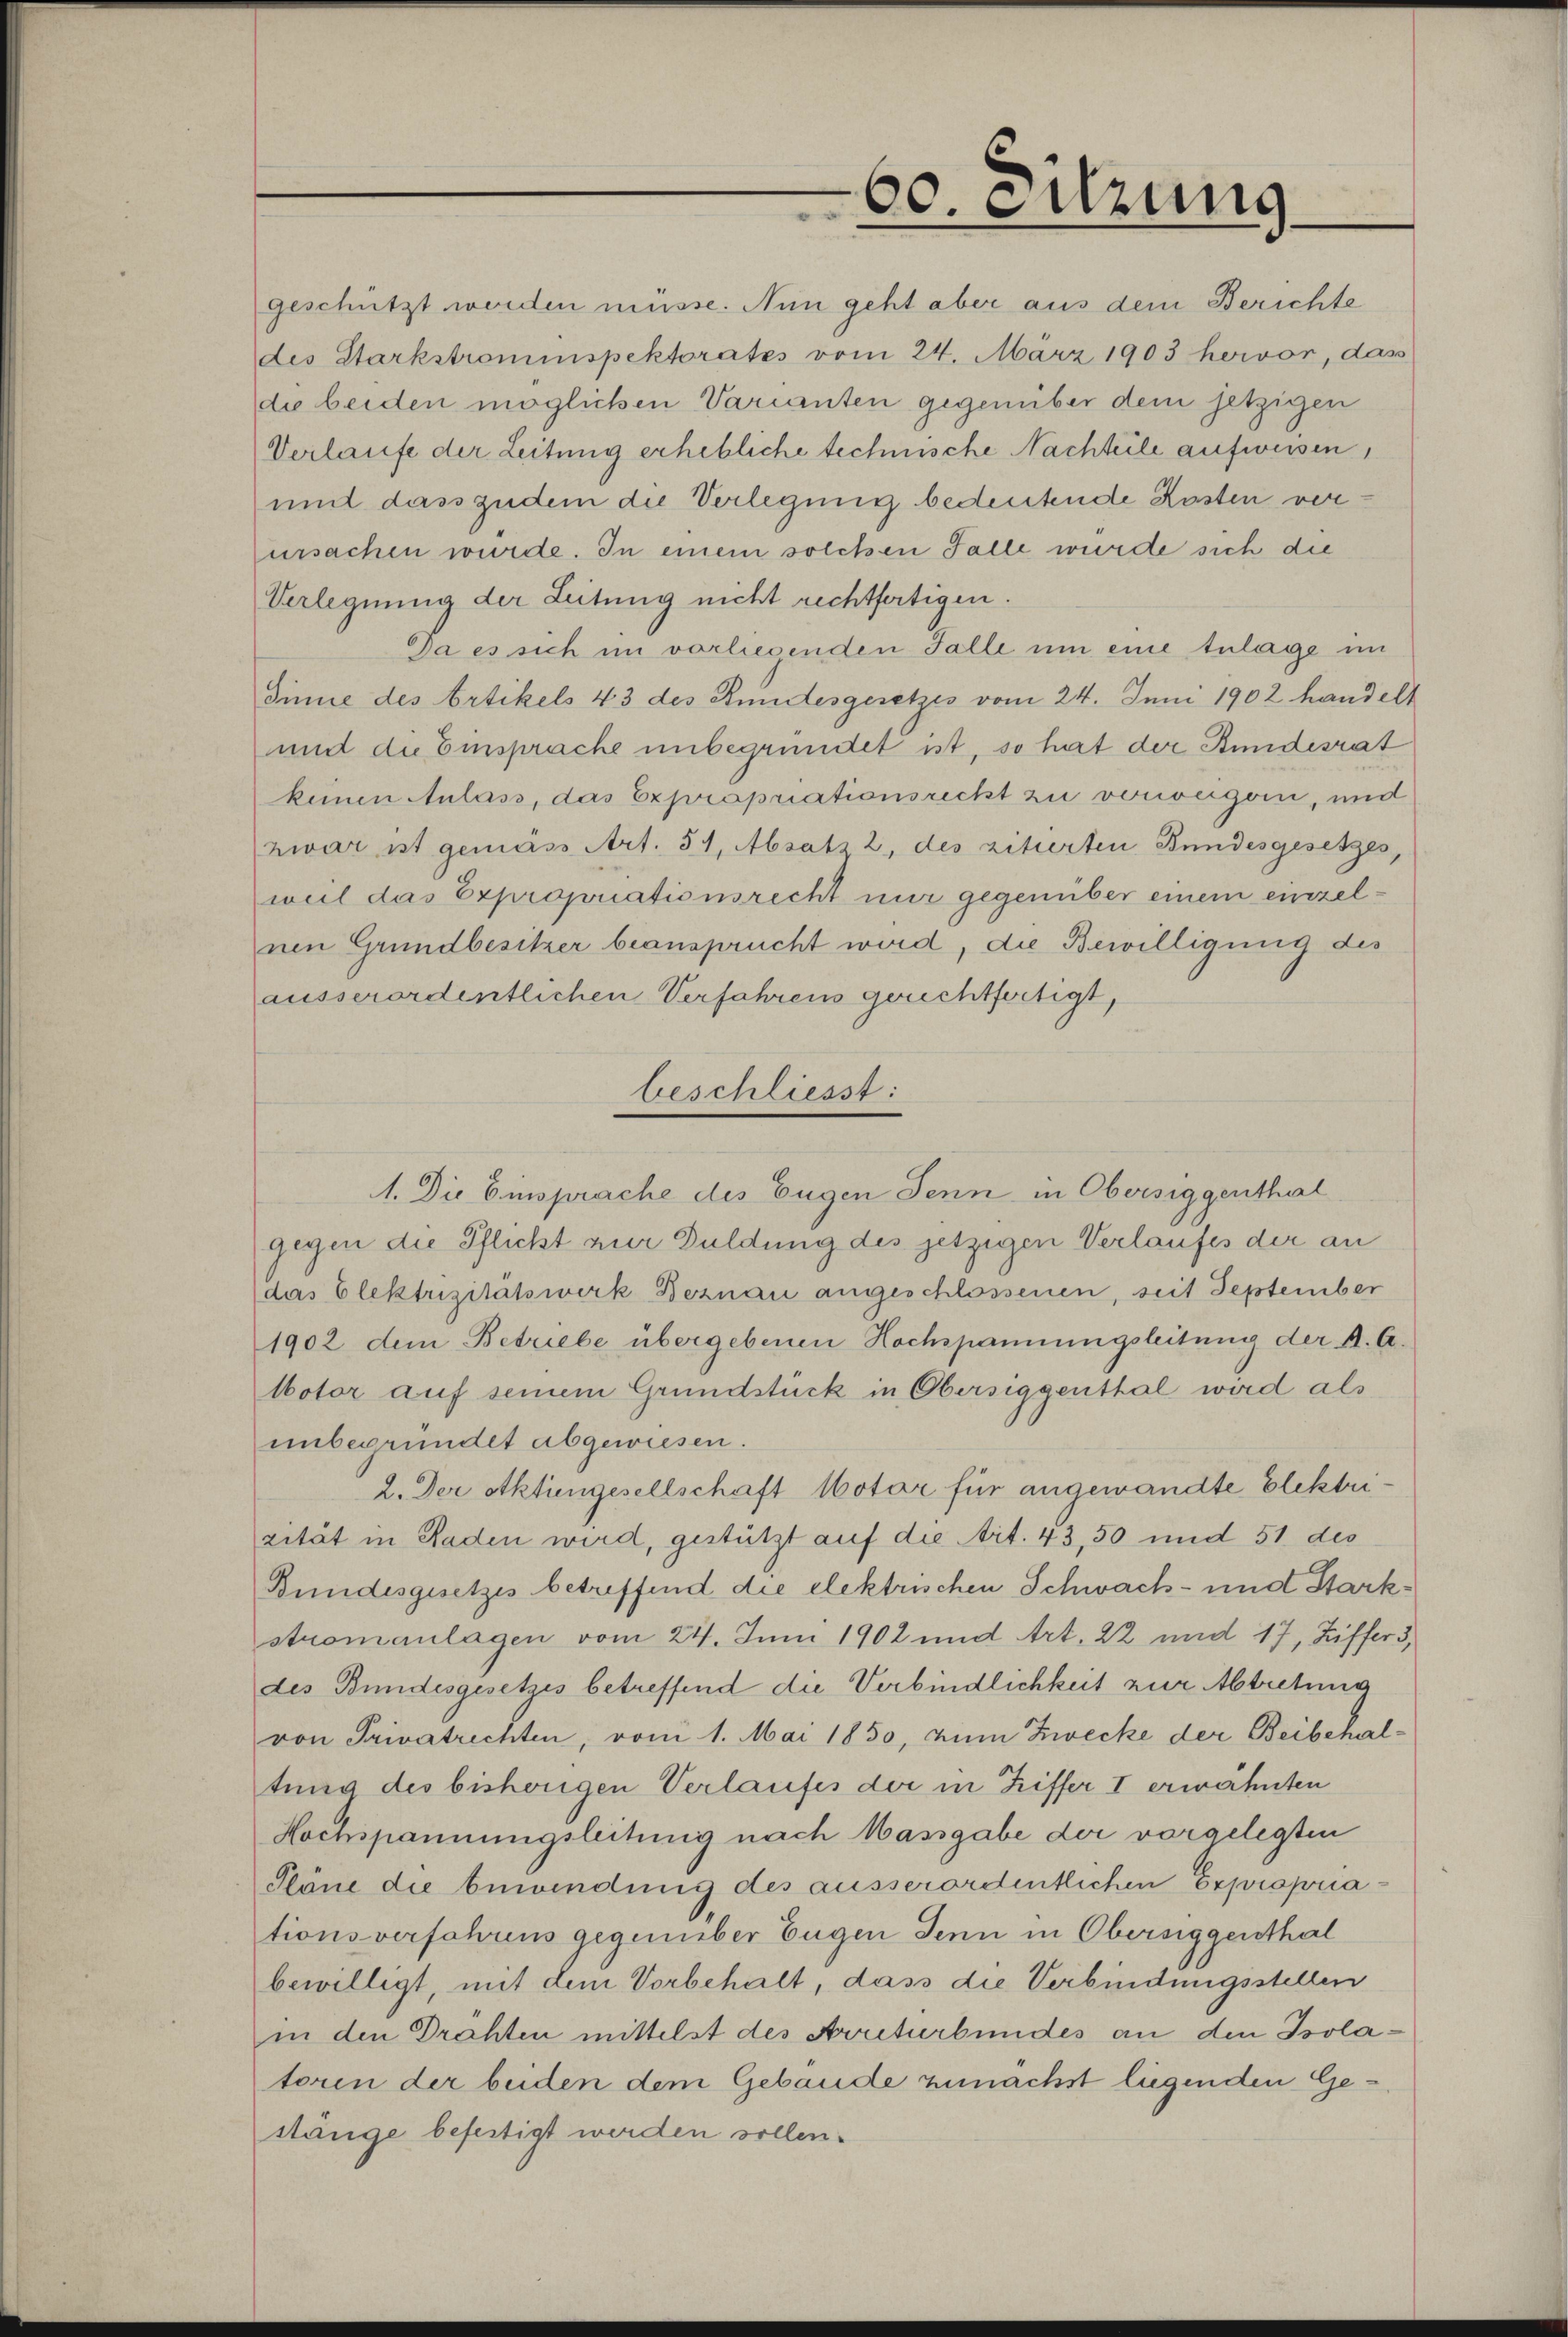
geschützt werden müsse. Nun geht aber aus dem Berichte
des Starkstrominspektorates vom 24. März 1903 hervor, das
dee beiden möglichen Varianten gegenüber dem jetzigen
Verlaufe der Leitung erhebliche technische Nachteile aufweisen,
und dass zudem die Verlegung bedeutende Kosten verursachen wurde. In einem solchen Falle wurde sich die
Verlegnung der Leitung nicht rechtfertigen.
Da es sich im vorlesenden Falle um eine Zulage im
Sinne des Artikels 43 des Stundesgesetzes vom 24. Juni 1902 handelt
und die Einsprache unbegründet ist, so hat der Bundesrat
kenen Anlass, das Expropriationsrecht zu vorvegori, und
zwar ist gemäss Art. 51, Absatz 2, des zitierten Bundesgesetzes,
weil das Expropriationsrecht nur gegenüber einem einzelnen Grundbesitzer beansprucht wird, die Bewilligung des
ausserordentlichen Verfahrens gerechtfertigt,
beschliesst:
gegen die Pflicht zur Duldung des jetzigen Verlaufes der an
das Elektrizitätswerk Beznau angeschlossenen, seit September
1902 dem Betriebe übergebenen Hochspannungsleitung der A. A.
Notor auf seinem Grundstück in Obersiggenthal wird als
unbegründet abgewiesen.
2. Der otktingesellschaft Notar für angewandte Elektrirität in Raden wird, gestützt auf die Art. 43,50 und 51 des
Bundesgesetzes betreffend die elektrischen Schwach- und Starkstromanlagen vom 24. Juni 1902 und Art. 22 und 17, Ziffer 3,
des Bundesgesetzes betreffend die Verbindlichkeit zur Abtretung
von Privatrechten, vom 1. Mai 1850, zum Zwecke der Beibehal-
tung des bisherigen Verlaufes der in Triffer I erwähnten
Hochspannungsleitung nach Massgabe der vorgelegten
Pläne die bewendung des ausserordentlichen Expropriationsverfahrens gegenüber Eugen Jenn in Obersiggenthal
bewilligt, mit dem Vorbehalt, dass die Verbindungsstellen
in den Drahten mittelst des Arriturbundes an den Isolatoren der beiden dem Gebäude zunächst liegenden Gesänge befestigt werden sollen.

60. eitzung

1. Die Einsprache des Eugen Jenn in Obersiggenthal